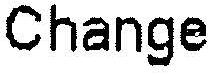
CHANGE